Indian journal of veterinary science and animal husbandry - Volumes 15-17, 1948-1951
Year: 1948
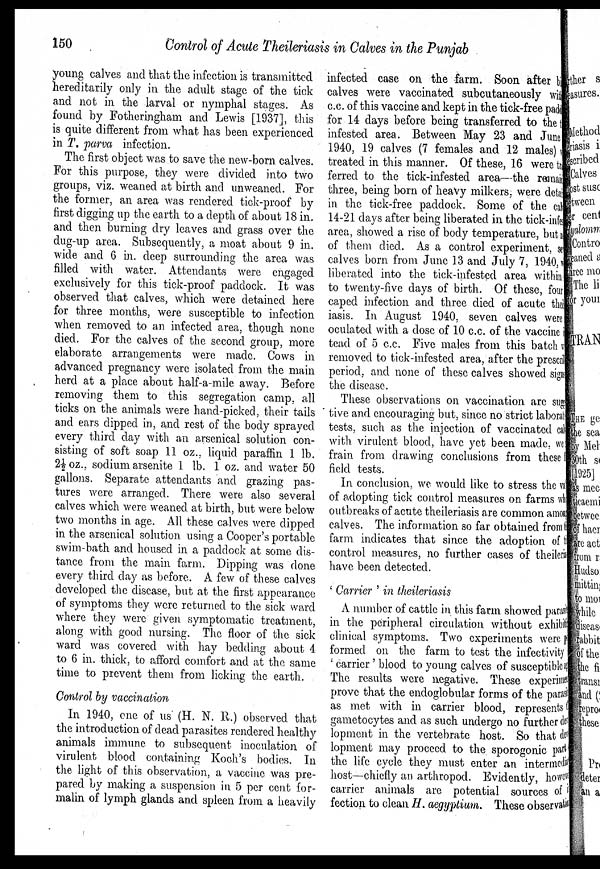
150
Control of Acute Theileriasis in Calves in the Punjab
young calves and that the infection is transmitted
hereditarily only in the adult stage of the tick
and not in the larval or nymphal stages. As
found by Fotheringham and Lewis [1937], this
is quite different from what has been experienced
in T. parva infection.
The first object was to save the new-born calves.
For this purpose, they were divided into two
groups, viz. weaned at birth and unweaned. For
the former, an area was rendered tick-proof by
first digging up the earth to a depth of about 18 in.
and then burning dry leaves and grass over the
dug-up area. Subsequently, a moat about 9 in.
wide and 6 in. deep surrounding the area was
filled with water. Attendants were engaged
exclusively for this tick-proof paddock. It was
observed that calves, which were detained here
for three months, were susceptible to infection
when removed to an infected area, though none
died. For the calves of the second group, more
elaborate arrangements were made. Cows in
advanced pregnancy were isolated from the main
herd at a place about half-a-mile away. Before
removing them to this segregation camp, all
ticks on the animals were hand-picked, their tails
and ears clipped in, and rest of the body sprayed
every third day with an arsenical solution con-
sisting of soft soap 11 oz., liquid paraffin 1 lb.
2½ oz., sodium arsenite 1 lb. 1 oz. and water 50
gallons. Separate attendants and grazing pas-
tures were arranged. There were also several
calves which were weaned at birth, but were below
two months in age. All these calves were dipped
in the arsenical solution using a Cooper's portable
swim-bath and housed in a paddock at some dis-
tance from the main farm. Dipping was done
every third day as before. A few of these calves
developed the disease, but at the first appearance
of symptoms they were returned to the sick ward
where they were given symptomatic treatment,
along with good nursing. The floor of the sick
ward was covered with hay bedding about 4
to 6 in. thick, to afford comfort and at the same
time to prevent them from licking the earth.
Control by vaccination
In 1940, one of us (H. N. R.) observed that
the introduction of dead parasites rendered healthy
animals immune to subsequent inoculation of
virulent blood containing Koch's bodies. In
the light of this observation, a vaccine was pre-
pared by making a suspension in 5 per cent for-
malin of lymph glands and spleen from a heavily
infected case on the farm. Soon after bi
calves were vaccinated subcutaneously with
c.c. of this vaccine and kept in the tick-free padd
for 14 days before being transferred to the t
infested area. Between May 23 and June
1940, 19 calves (7 females and 12 males) were
treated in this maimer. Of these, 16 were trans¬
ferred to the tick-infested area—the remaining
three, being born of heavy milkers, were detailed
in the tick-free paddock. Some of the calves
14-21 days after being liberated in the tick-infes
area, showed a rise of body temperature, but none
of them died. As a control experiment, se
calves born from June 13 and July 7, 1940, we
liberated into the tick-infested area within
to twenty-five days of birth. Of these, four
caped infection and three died of acute their
iasis. In August 1940, seven calves were
oculated with a dose of 10 c.c. of the vaccine in
tead of 5 c.c. Five males from this batch was
removed to tick-infested area, after the prescribed
period, and none of these calves showed si gns
the disease.
These observations on vaccination are sugges¬
tive and encouraging but, since no strict laboratory
tests, such as the injection of vaccinated calves
with virulent blood, have yet been made, we
frain from drawing conclusions from these
field tests.
In conclusion, we would like to stress the val
of adopting tick control measures on farms wh
outbreaks of acute theileriasis are common among
calves. The information so far obtained from the
farm indicates that since the adoption of ti
control measures, no further cases of theilerial
have been detected.
'Carrier' in theileriasis
A number of cattle in this farm showed parasite
in the peripheral circulation without exhibiting
clinical symptoms. Two experiments were per
formed on the farm to test the infectivity
'carrier' blood to young calves of susceptible as
The results were negative. These experiment
prove that the endoglobular forms of the parasite
as met with in carrier blood, represents the
gametocytes and as such undergo no further dev
lopment in the vertebrate host. So that dev
lopment may proceed to the sporogonic part
the life cycle they must enter an intermediate
host—chiefly an arthropod. Evidently, however
carrier animals are potential sources of in
fection to clean H. aegyptium. These observation